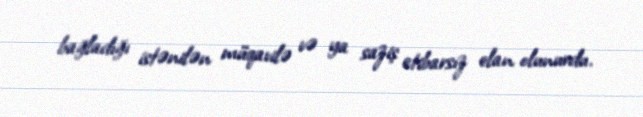
bağladığı istənilən müqavilə və ya saziş etibarsız elan olunurdu.